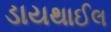
ડાયથાઈલ